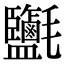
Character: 𣱄